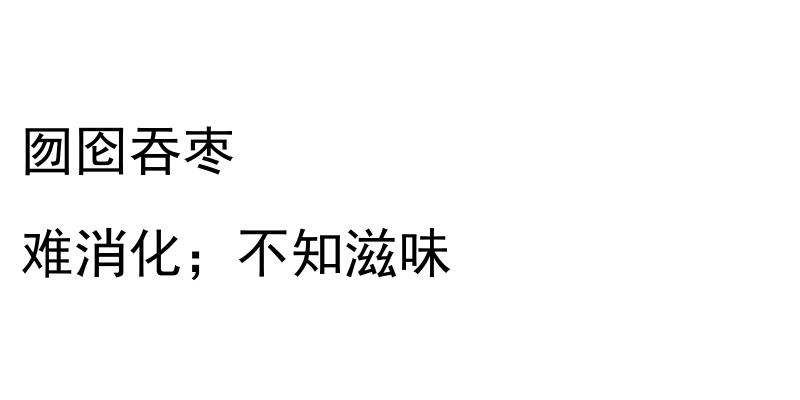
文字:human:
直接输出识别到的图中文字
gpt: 囫囵吞枣 难消化；不知滋味